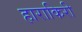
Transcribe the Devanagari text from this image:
हाराकिरी